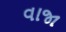
વાજા